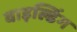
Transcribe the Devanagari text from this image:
वाइल्डिंग